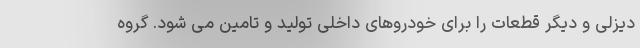
دیزلی و دیگر قطعات را برای خودروهای داخلی تولید و تامین می شود. گروه